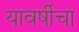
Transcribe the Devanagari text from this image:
यावर्षीचा